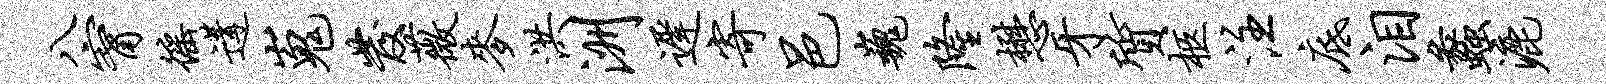
八甯徭遘嵬发薇麦洪洲迟寄邑巍隆懋牙质柩注底泪蠡漉